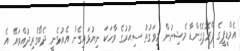
އެމްޑީޕީގެ ޕްރޮޕެގެންޑާ މެޝިނުން މިވަގުތު ސިޙުރުގެ ވާހަކަ ނިޔުޅައިގެން އެއުޅެނީ ދެބޯގެރިދުއްވައޭ އެ